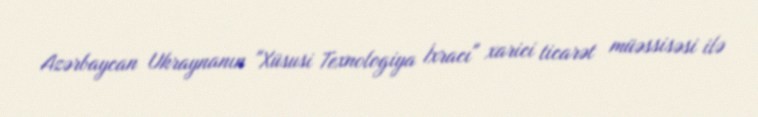
Azərbaycan Ukraynanın "Xüsusi Texnologiya İxracı" xarici ticarət müəssisəsi ilə